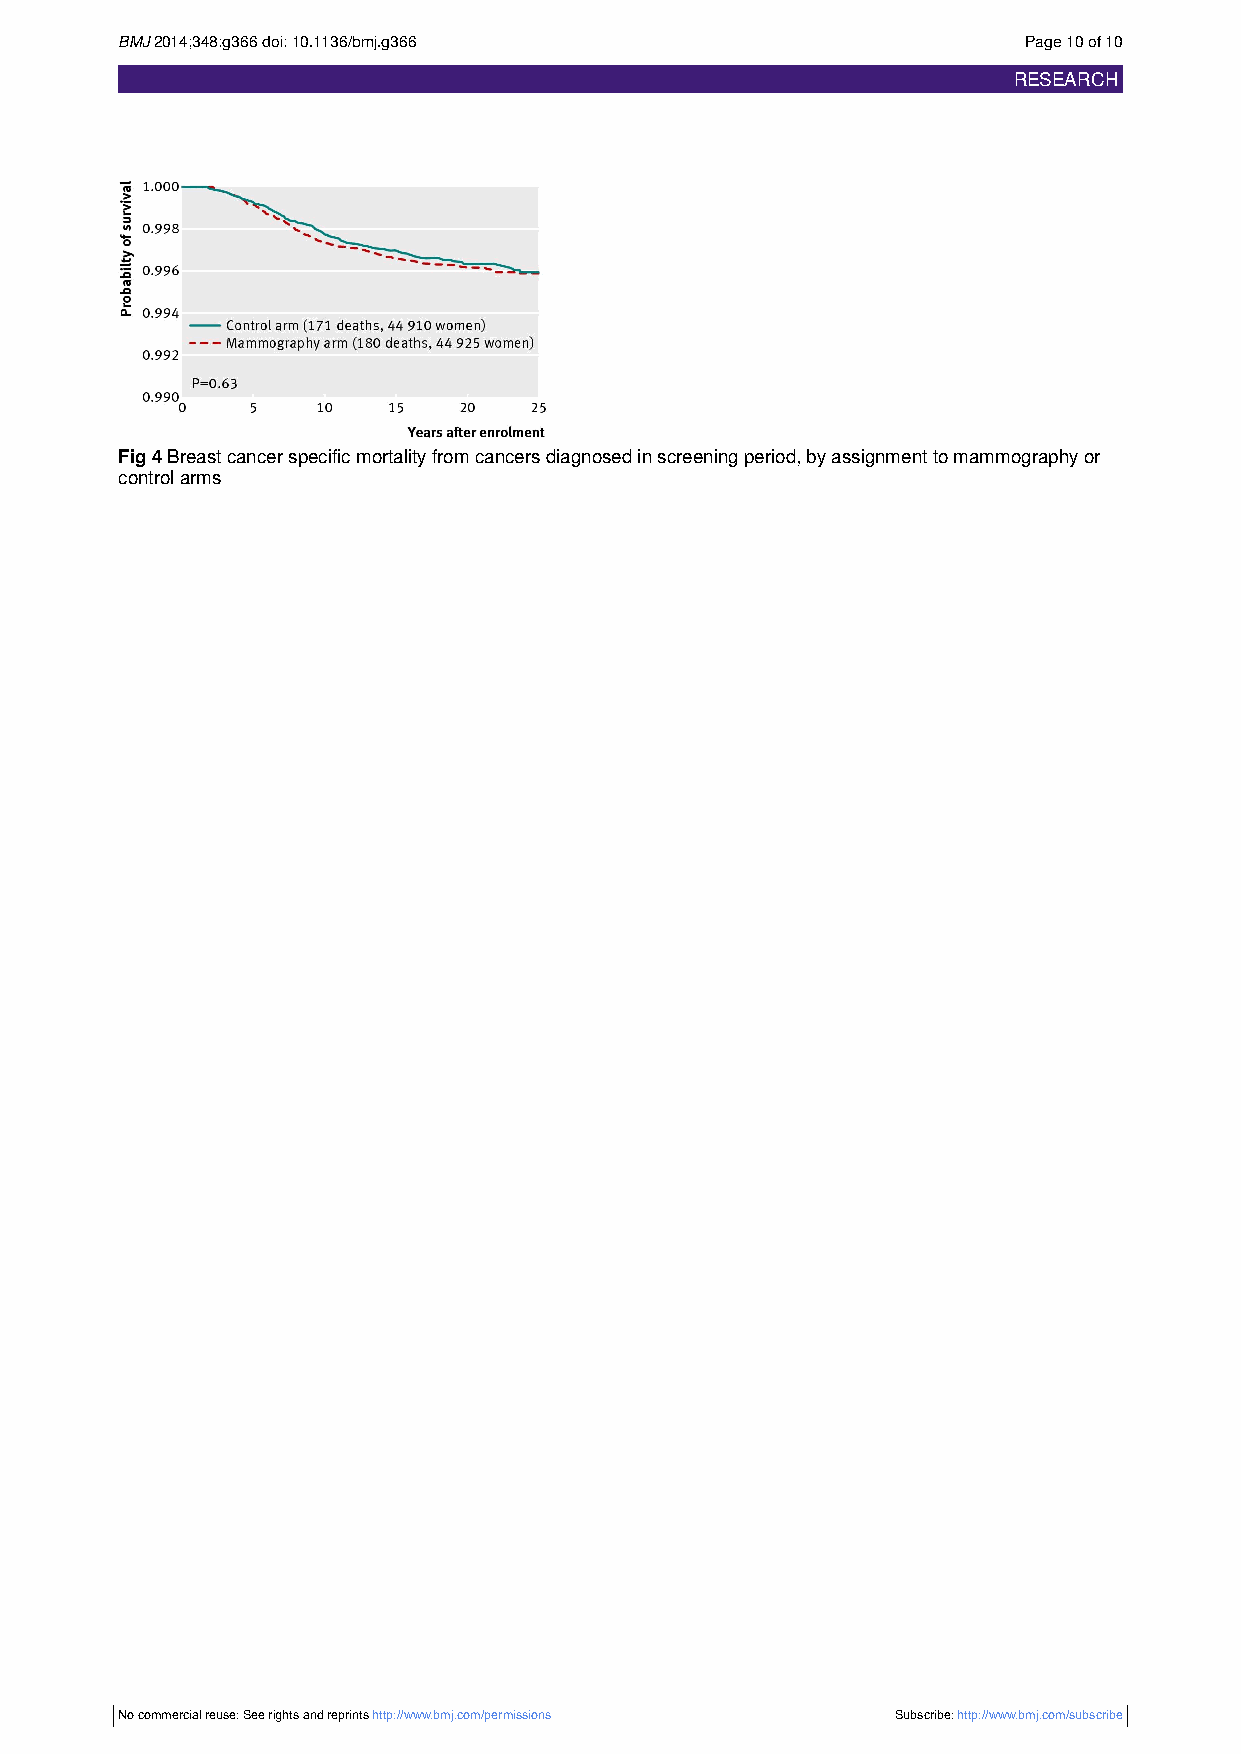
BMJ2014;348:g366doi:10.1136/bmj.g366                        Page10of10
 RESEARCH
 Fig4Breastcancerspecificmortalityfromcancersdiagnosedinscreeningperiod,byassignmenttomammographyor
 controlarms
 No commercial reuse: See rights and reprints http://www.bmj.com/permissions Subscribe:http://www.bmj.com/subscribe